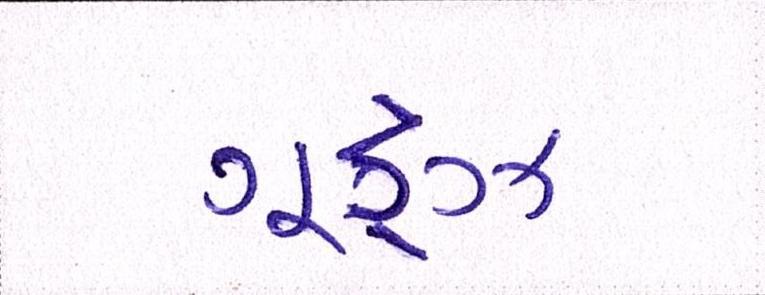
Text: ગૂડ્ઝ